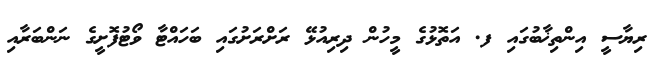
ރިޔާސީ އިންތިޚާބުގައި ފ. އަތޮޅުގެ މީހުން ދިރިއުޅޭ ރަށްރަށުގައި ބަހައްޓާ ވޯޓުފޮށީގެ ނަންބަރާއި